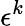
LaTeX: \epsilon^{k}